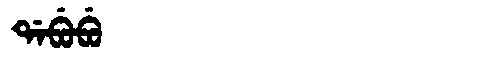
Manchu: ᡩᠠᠪᡠᠪᡠ
Romanization: DABUBU